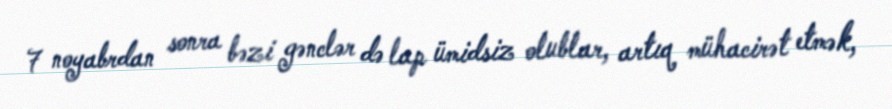
7 noyabrdan sonra bəzi gənclər də lap ümidsiz olublar, artıq mühacirət etmək,